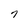
Character: 7